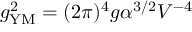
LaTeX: g _ { \mathrm { Y M } } ^ { 2 } = ( 2 \pi ) ^ { 4 } g \alpha ^ { 3 / 2 } V ^ { - 4 }